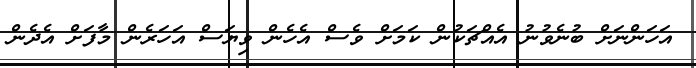
އަހަންނަށް ބުނެވުނު އެއްޗަކުން ކަމަށް ވެސް އެހެން ވިޔަސް އަހަރެން މާފަށް އެދެން